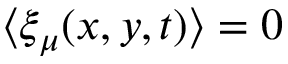
\langle \xi _ { \mu } ( x , y , t ) \rangle = 0